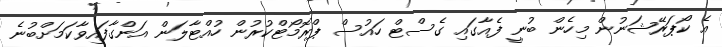
އެ ކޯޕަރޭޝަނުން މިހެން ބުނީ ފެއާގައި ގެސްޓް ހައުސް ޕްރޮމޯޓްކުރުން ހުއްޓާލަން އަންގާފައިވާކަމަށްބުނެ